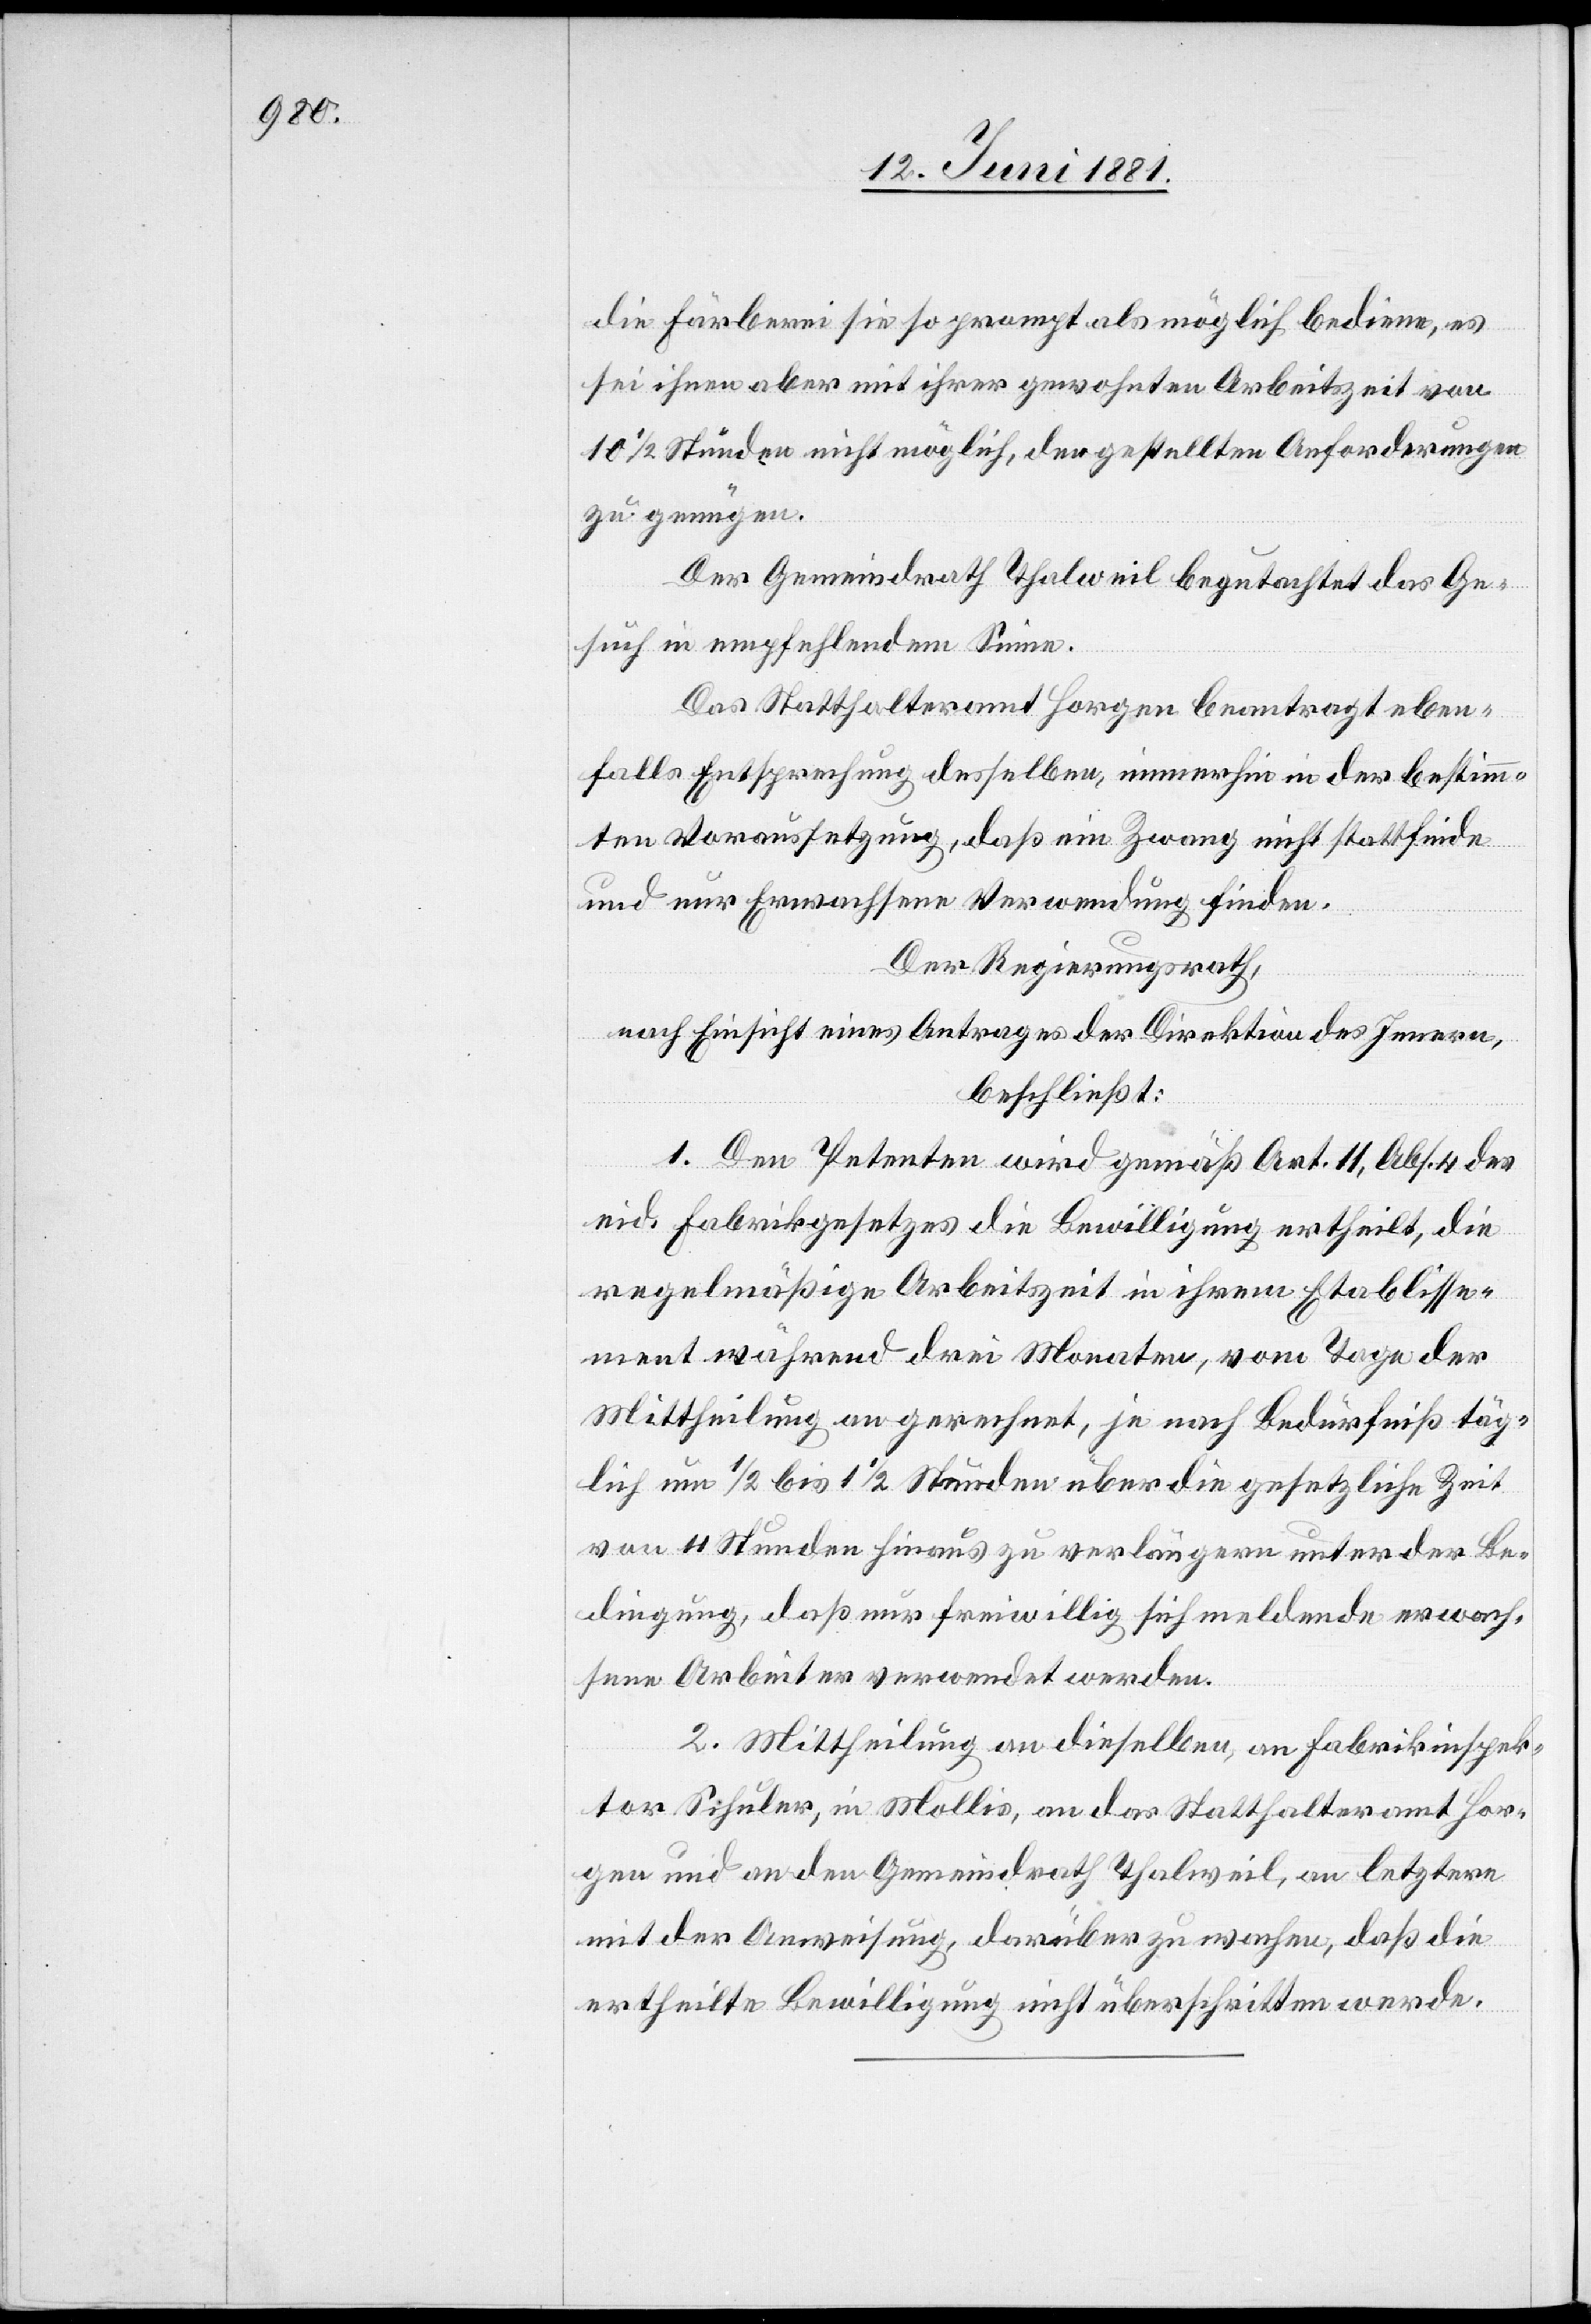
die Färberei sie so prompt als möglich bediene, es
sei ihnen aber mit ihrer gewohnten Arbeitszeit von
10 1/2 Stunden nicht möglich, den gestellten Anforderungen
zu genügen.
Der Gemeindrath Thalweil begutachtet das Ge¬
such in empfehlendem Sinne.
Das Statthalteramt Horgen beantragt eben¬
falls Entsprechung desselben, immerhin in der bestimm¬
ten Voraussetzung, daß ein Zwang nicht stattfinde
und nur Erwachsene Verwendung finden.
Der Regierungsrath,
nach Einsicht eines Antrages der Direktion des Innern,
beschließt:
1. Dem Petenten wird gemäß Art. 11, Abs. 4 des
eid. Fabrikgesetzes die Bewilligung ertheilt, die
regelmäßige Arbeitszeit in ihrem Etablisse¬
ment während drei Monaten, vom Tage der
Mittheilung an gerechnet, je nach Bedürfniß täg¬
lich um 1/2 bis 1 1/2 Stunden über die gesetzliche Zeit
von 11 Stunden hinaus zu verlängern unter der Be¬
dingung, daß nur freiwillig sich meldende erwach¬
sene Arbeiter verwendet werden.
2. Mittheilung an dieselben, an Fabrikinspek¬
tor Schuler, in Mollis, an das Statthalteramt Hor¬
gen und an den Gemeindrath Thalweil, an letztere
mit der Anweisung, darüber zu wachen, daß die
ertheilte Bewilligung nicht überschritten werde.